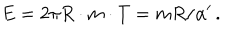
E = 2 \pi R \cdot m \cdot T = m R / \alpha ^ { \prime } \, .